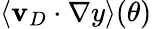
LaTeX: \langle\mathbf{v}_{D}\cdot\nabla y\rangle(\theta)